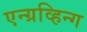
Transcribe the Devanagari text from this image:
एन्ग्रव्हिन्ग